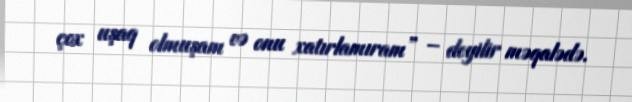
çox uşaq olmuşam və onu xatırlamıram” – deyilir məqalədə.